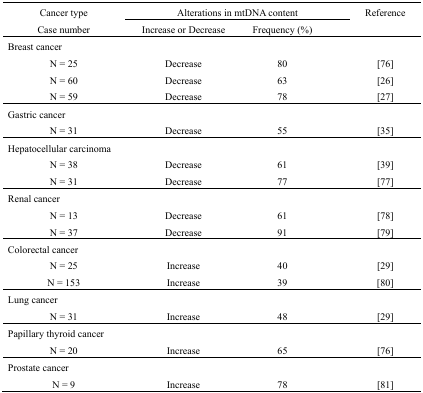
| <ROWSPAN=2> Cancer typeCase number | <COLSPAN=2> Alterations in mtDNA content | <ROWSPAN=2> Reference |
 | Increase or Decrease | Frequency (%) |
 | --- | --- | --- | --- |
 | <COLSPAN=4> Breast cancer |
 | N = 25 | Decrease | 80 | [76] |
 | N = 60 | Decrease | 63 | [26] |
 | N = 59 | Decrease | 78 | [27] |
 | <COLSPAN=4> Gastric cancer |
 | N = 31 | Decrease | 55 | [35] |
 | <COLSPAN=4> Hepatocellular carcinoma |
 | N = 38 | Decrease | 61 | [39] |
 | N = 31 | Decrease | 77 | [77] |
 | <COLSPAN=4> Renal cancer |
 | N = 13 | Decrease | 61 | [78] |
 | N = 37 | Decrease | 91 | [79] |
 | <COLSPAN=4> Colorectal cancer |
 | N = 25 | Increase | 40 | [29] |
 | N = 153 | Increase | 39 | [80] |
 | <COLSPAN=4> Lung cancer |
 | N = 31 | Increase | 48 | [29] |
 | <COLSPAN=4> Papillary thyroid cancer |
 | N = 20 | Increase | 65 | [76] |
 | <COLSPAN=4> Prostate cancer |
 | N = 9 | Increase | 78 | [81] |